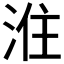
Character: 𭰠